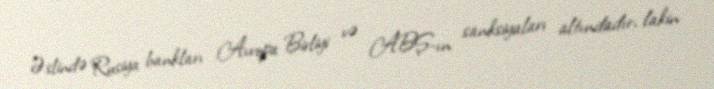
Əslində Rusiya bankları Avropa Birliyi və ABŞ-ın sanksiyaları altındadır, lakin